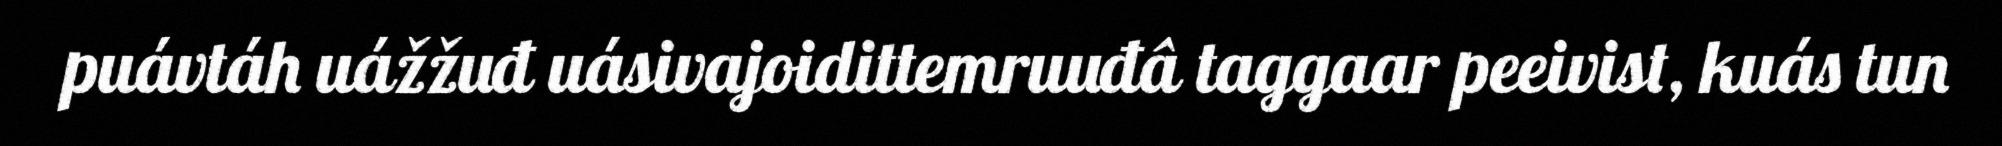
puávtáh uážžuđ uásivajoidittemruuđâ taggaar peeivist, kuás tun